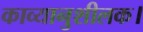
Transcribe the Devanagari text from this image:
काव्यानुशीलक।